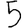
Digit: 5